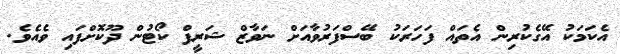
އެކަމަކު އޭގެކުރިން އެތައް ފަހަރަކު ބޭސްފަރުވާއަށް ނަވާޒް ޝަރީފް ކޯޓުން ދޫކޮށްފައި ވެއެވެ.